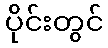
ပိုင်းတွင်